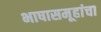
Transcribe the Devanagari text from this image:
भाषासमूहांचा